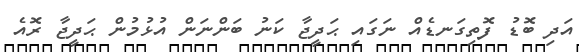
އަދި ބޮޑު ފޮތިގަނޑެއް ނަގައި ޙަދީޖާ ކަނު ބަންނަން އުޅުމުން ޙަދީޖާ ރޮއެ